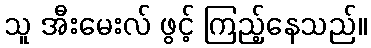
သူ အီးမေးလ် ဖွင့် ကြည့်နေသည်။